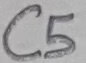
Text: C5